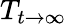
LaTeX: T_{t\rightarrow\infty}